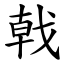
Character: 戟